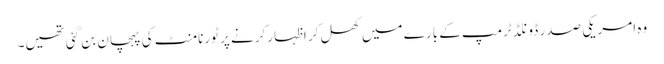
وہ امریکی صدر ڈونلڈ ٹرمپ کے بارے میں کھل کر اظہار کرنے پر ٹورنامنٹ کی پہچان بن گئی تھیں۔